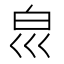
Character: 𰤔